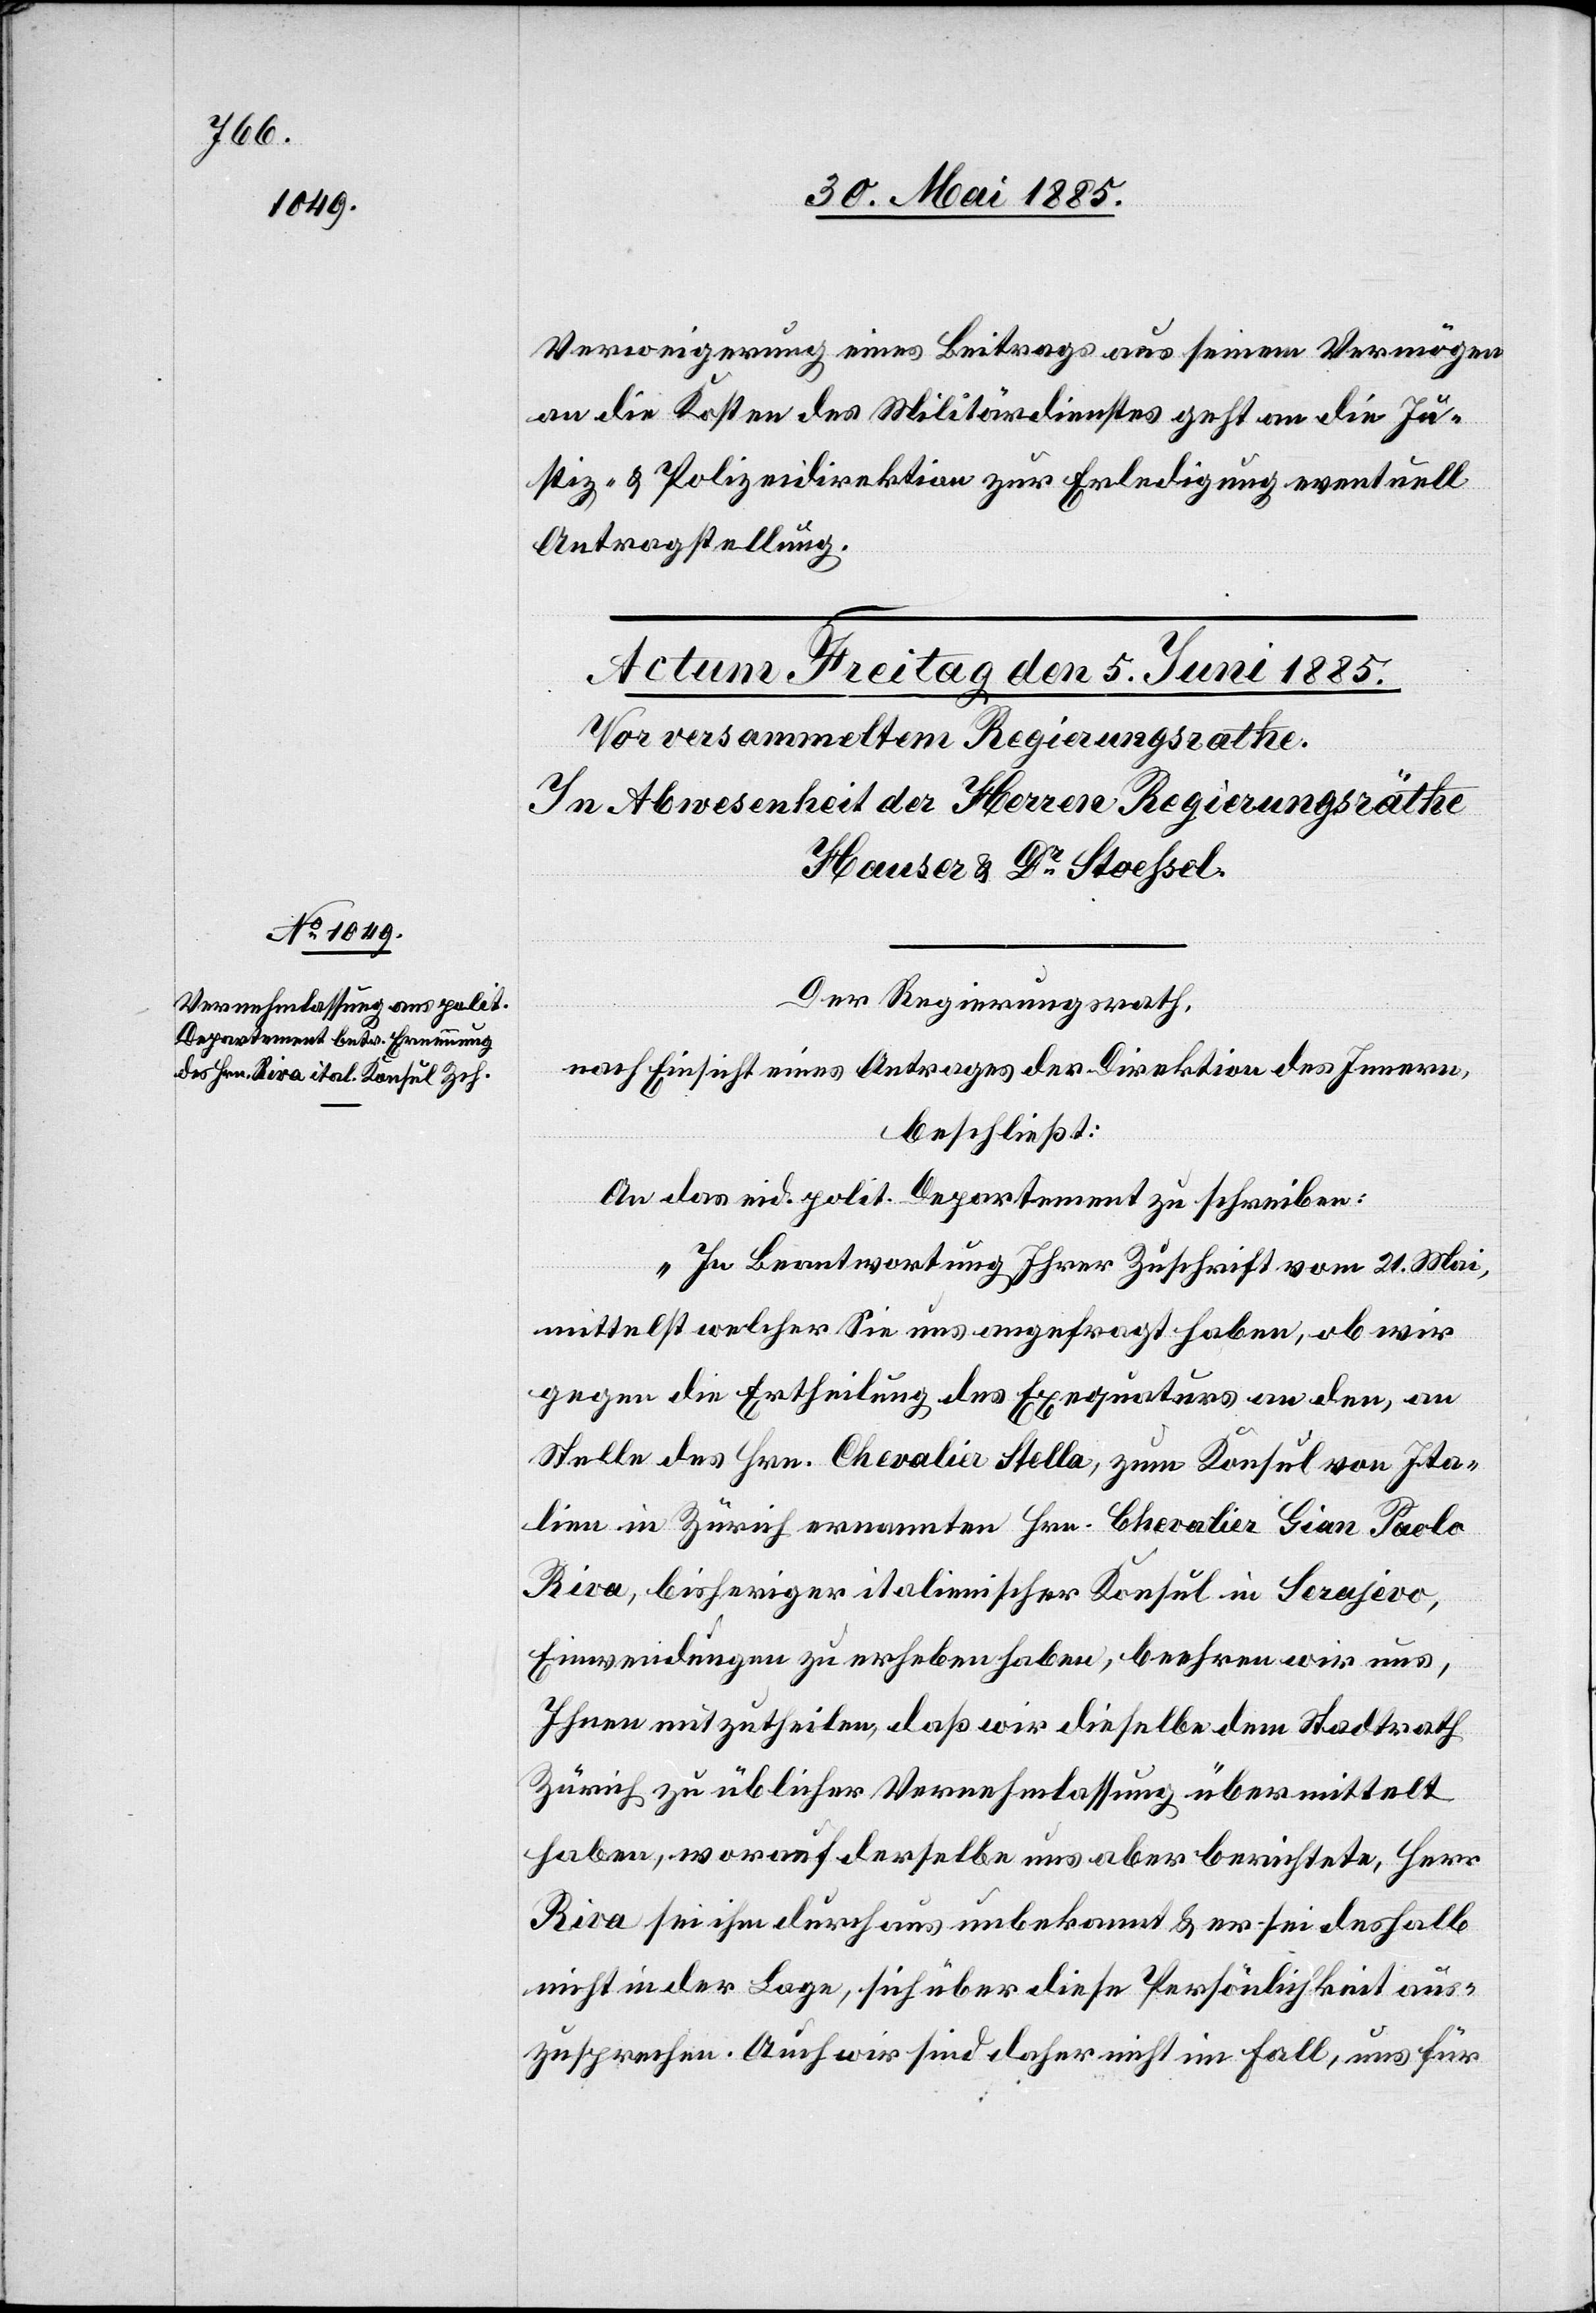
Verweigerung eines Beitrags aus seinem Vermögen
an die Kosten des Militärdienstes geht an die Ju¬
stiz- & Polizeidirektion zur Erledigung eventuell
Antragstellung.
Der Regierungsrath,
nach Einsicht eines Antrages der Direktion des Innern,
beschließt:
An das eid. polit. Departement zu schreiben:
„In Beantwortung Ihrer Zuschrift vom 21. Mai,
mittelst welcher Sie uns angefragt haben, ob wir
gegen die Ertheilung des Exequaturs an den, an
Stelle des Hrn. Chevalier Stella, zum Konsul von Ita¬
lien in Zürich ernannten Hrn. Chevalier Gian Paelo
Riva, bisheriger italienischer Konsul in Sarajevo,
Einwendungen zu erheben haben, beehren wir uns,
Ihnen mitzutheilen, daß wir dieselbe dem Stadtrath
Zürich zu üblicher Vernehmlassung übermittelt
haben, worauf derselbe uns aber berichtete, Hrn.
Riva sei ihm durchaus unbekannt & er sei deshalb
nicht in der Lage, sich über diese Persönlichkeit aus¬
zusprechen. Auch wir sind daher nicht im Fall, uns für